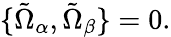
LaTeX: \{ \tilde{\Omega}_{\alpha},\tilde{\Omega}_{\beta}\} =0.